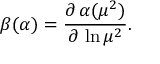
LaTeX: \beta ( \alpha ) = \frac { \partial \, \alpha ( \mu ^ { 2 } ) } { \partial \, \ln \mu ^ { 2 } } .